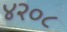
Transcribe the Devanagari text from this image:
४२०८